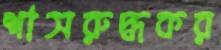
শাসরুদ্ধকর